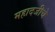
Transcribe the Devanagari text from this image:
महादजीचे